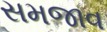
સમજાવ